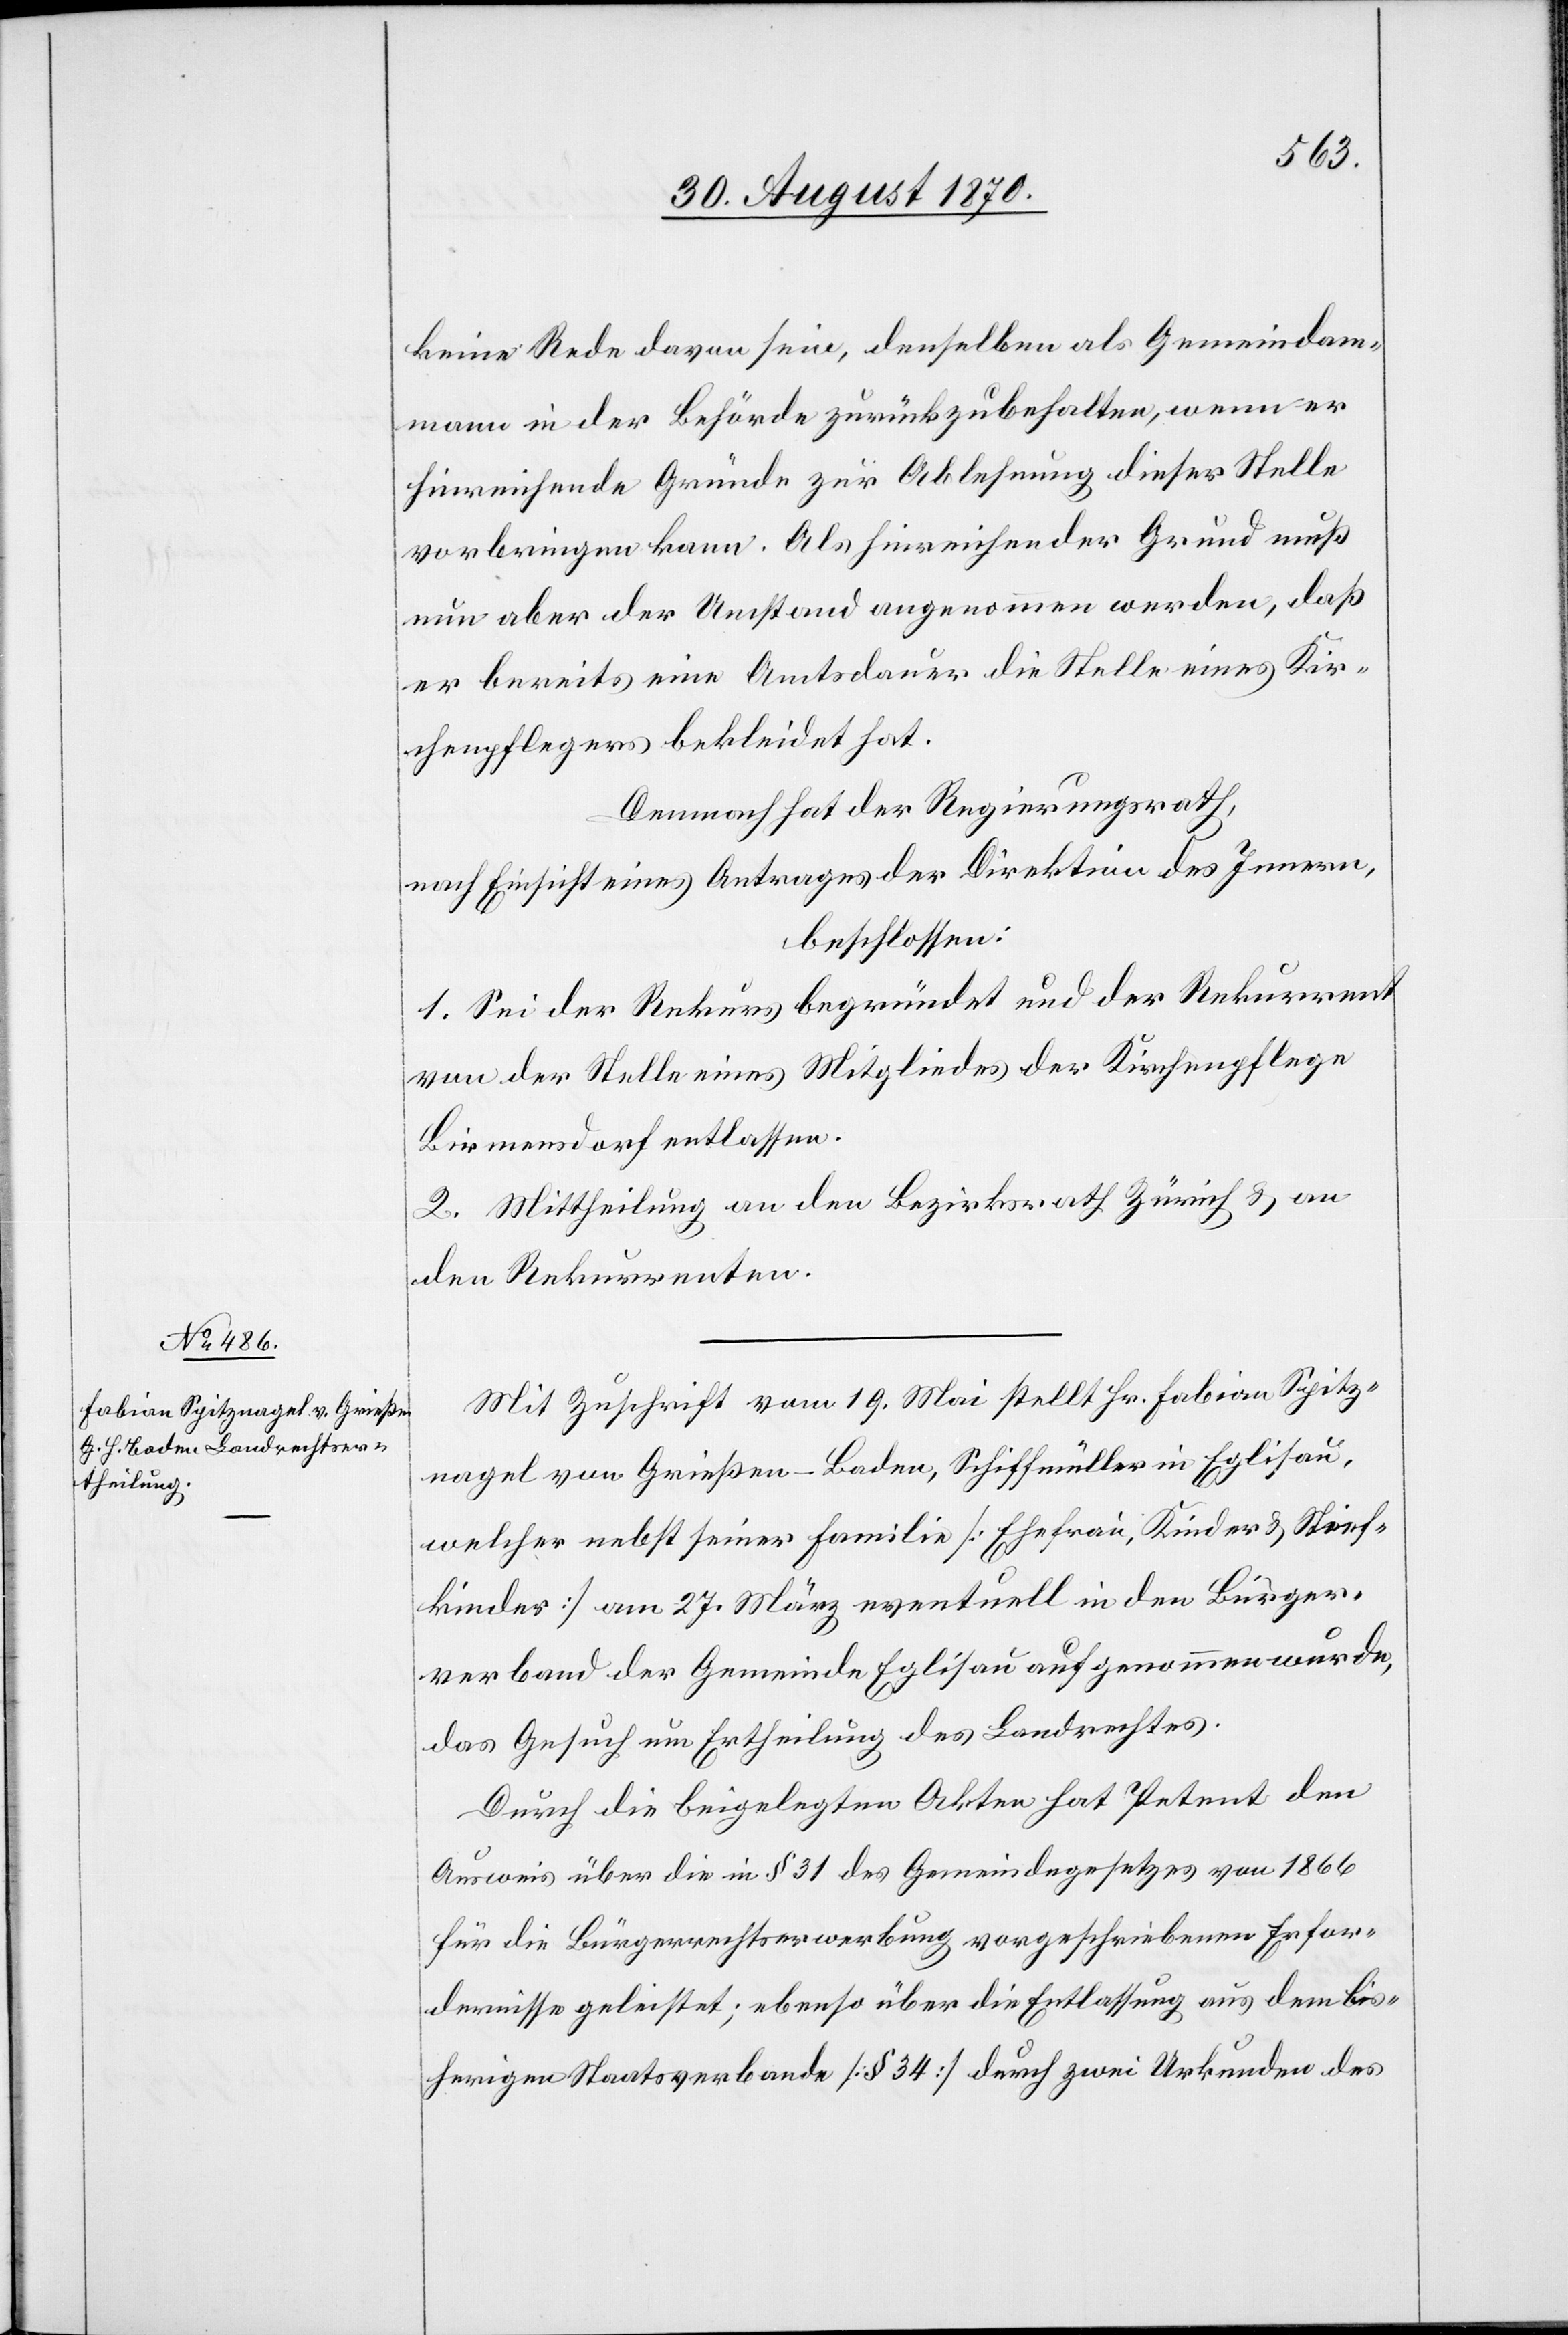
keine Rede davon sein, denselben als Gemeindam¬
mann in der Behörde zurückzubehalten, wenn er
hinreichende Gründe zur Ablehnung dieser Stelle
vorbringen kann. Als hinreichender Grund muß
nun aber der Umstand genommen werden, daß
er bereits eine Amtsdauer die Stelle eines Kir¬
chenpflegers bekleidet hat.
Demnach hat der Regierungsrath,
nach Einsicht eines Antrages der Direktion des Innern,
beschlossen:
1. Sei der Rekurs begründet und der Rekurrent
von der Stelle eines Mitgliedes der Kirchenpflege
Birmensdorf entlassen.
2. Mittheilung an den Bezirksrath Zürich & an
den Rekurrenten.